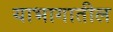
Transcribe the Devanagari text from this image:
याभागातील